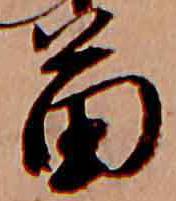
苗